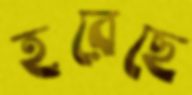
হরেছে